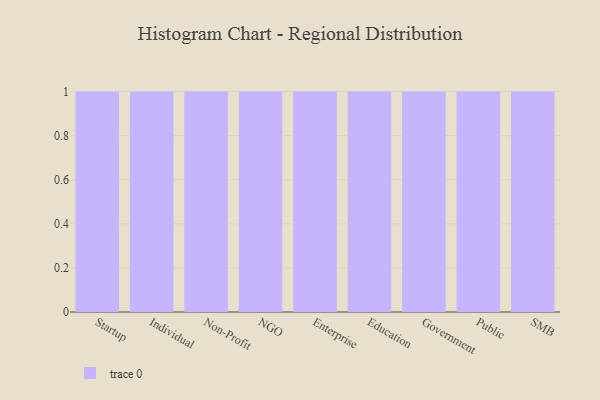
{"axis": {"x": "Segment", "y": "Conversion Rate (%)"}, "legend": [""], "data": [{"x": "Startup", "y": 61, "type": ""}, {"x": "Individual", "y": 1, "type": ""}, {"x": "Non-Profit", "y": 19, "type": ""}, {"x": "NGO", "y": 78, "type": ""}, {"x": "Enterprise", "y": 29, "type": ""}, {"x": "Education", "y": 82, "type": ""}, {"x": "Government", "y": 65, "type": ""}, {"x": "Public", "y": 62, "type": ""}, {"x": "SMB", "y": 75, "type": ""}]}